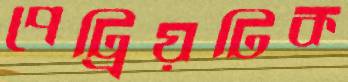
পেট্রিয়টিক